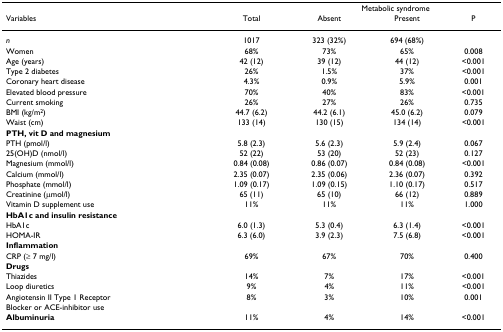
<table><thead><tr><td></td><td></td><td colspan="3"><b>Metabolic syndrome</b></td></tr><tr><td><b>Variables</b></td><td><b>Total</b></td><td><b>Absent</b></td><td><b>Present</b></td><td><b>P</b></td></tr></thead><tbody><tr><td><i>n</i></td><td>1017</td><td>323 (32%)</td><td>694 (68%)</td><td></td></tr><tr><td>Women</td><td>68%</td><td>73%</td><td>65%</td><td>0.008</td></tr><tr><td>Age (years)</td><td>42 (12)</td><td>39 (12)</td><td>44 (12)</td><td>&lt;0.001</td></tr><tr><td>Type 2 diabetes</td><td>26%</td><td>1.5%</td><td>37%</td><td>&lt;0.001</td></tr><tr><td>Coronary heart disease</td><td>4.3%</td><td>0.9%</td><td>5.9%</td><td>0.001</td></tr><tr><td>Elevated blood pressure</td><td>70%</td><td>40%</td><td>83%</td><td>&lt;0.001</td></tr><tr><td>Current smoking</td><td>26%</td><td>27%</td><td>26%</td><td>0.735</td></tr><tr><td>BMI (kg/m<sup>2</sup>)</td><td>44.7 (6.2)</td><td>44.2 (6.1)</td><td>45.0 (6.2)</td><td>0.079</td></tr><tr><td>Waist (cm)</td><td>133 (14)</td><td>130 (15)</td><td>134 (14)</td><td>&lt;0.001</td></tr><tr><td><b>PTH, vit D and magnesium</b></td><td></td><td></td><td></td><td></td></tr><tr><td>PTH (pmol/l)</td><td>5.8 (2.3)</td><td>5.6 (2.3)</td><td>5.9 (2.4)</td><td>0.067</td></tr><tr><td>25(OH)D (nmol/l)</td><td>52 (22)</td><td>53 (20)</td><td>52 (23)</td><td>0.127</td></tr><tr><td>Magnesium (mmol/l)</td><td>0.84 (0.08)</td><td>0.86 (0.07)</td><td>0.84 (0.08)</td><td>&lt;0.001</td></tr><tr><td>Calcium (mmol/l)</td><td>2.35 (0.07)</td><td>2.35 (0.06)</td><td>2.36 (0.07)</td><td>0.392</td></tr><tr><td>Phosphate (mmol/l)</td><td>1.09 (0.17)</td><td>1.09 (0.15)</td><td>1.10 (0.17)</td><td>0.517</td></tr><tr><td>Creatinine (μmol/l)</td><td>65 (11)</td><td>65 (10)</td><td>66 (12)</td><td>0.889</td></tr><tr><td>Vitamin D supplement use</td><td>11%</td><td>11%</td><td>11%</td><td>1.000</td></tr><tr><td><b>HbA1c and insulin resistance</b></td><td></td><td></td><td></td><td></td></tr><tr><td>HbA1c</td><td>6.0 (1.3)</td><td>5.3 (0.4)</td><td>6.3 (1.4)</td><td>&lt;0.001</td></tr><tr><td>HOMA-IR</td><td>6.3 (6.0)</td><td>3.9 (2.3)</td><td>7.5 (6.8)</td><td>&lt;0.001</td></tr><tr><td><b>Inflammation</b></td><td></td><td></td><td></td><td></td></tr><tr><td>CRP (≥ 7 mg/l)</td><td>69%</td><td>67%</td><td>70%</td><td>0.400</td></tr><tr><td><b>Drugs</b></td><td></td><td></td><td></td><td></td></tr><tr><td>Thiazides</td><td>14%</td><td>7%</td><td>17%</td><td>&lt;0.001</td></tr><tr><td>Loop diuretics</td><td>9%</td><td>4%</td><td>11%</td><td>&lt;0.001</td></tr><tr><td>Angiotensin II Type 1 Receptor</td><td>8%</td><td>3%</td><td>10%</td><td>0.001</td></tr><tr><td>Blocker or ACE-inhibitor use</td><td></td><td></td><td></td><td></td></tr><tr><td><b>Albuminuria</b></td><td>11%</td><td>4%</td><td>14%</td><td>&lt;0.001</td></tr></tbody></table>